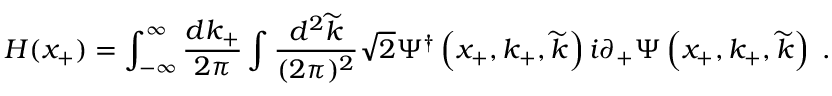
H ( x _ { + } ) = \int _ { - \infty } ^ { \infty } { \frac { d k _ { + } } { 2 \pi } } \int { \frac { d ^ { 2 } \widetilde { k } } { ( 2 \pi ) ^ { 2 } } } \sqrt { 2 } \Psi ^ { \dagger } \left( x _ { + } , k _ { + } , \widetilde { k } \right) i \partial _ { + } \Psi \left( x _ { + } , k _ { + } , \widetilde { k } \right) \; .